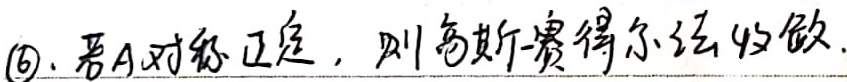
\textcircled{6}. 若 $A$ 对称正定，则高斯 - 赛得尔法收敛.